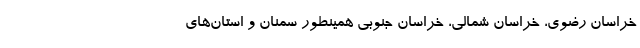
خراسان رضوی، خراسان شمالی، خراسان جنوبی همینطور سمنان و استان‌های